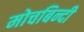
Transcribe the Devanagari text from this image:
मोचबिन्दी